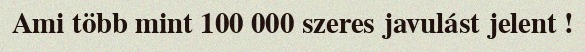
Ami több mint 100 000 szeres javulást jelent !